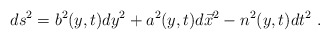
\begin{align*}ds^2= b^2 (y,t) dy^2+a^2 (y,t) d\vec{x}^2-n^2 (y,t) dt^2\ .\end{align*}